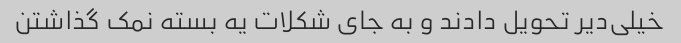
خیلی‌دیر تحویل دادند و به جای شکلات یه بسته نمک گذاشتن